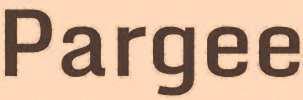
Pargee